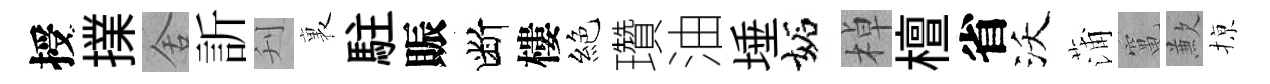
授擈舍訢刋裏駐賑断樓絕瓚油埵妬棹檀省沃蒲𥧄歉𢱊